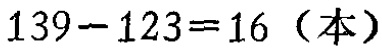
\(139 - 123 = 16\)（本）